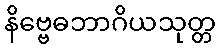
နိဗ္ဗေဓဘာဂိယသုတ္တ